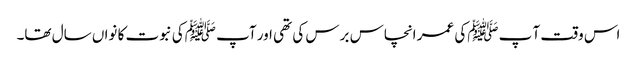
اس وقت آ پ ﷺکی عمر انچاس برس کی تھی اور آپ ﷺکی نبوت کا نواں سال تھا۔